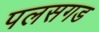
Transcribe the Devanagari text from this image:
पलसगड